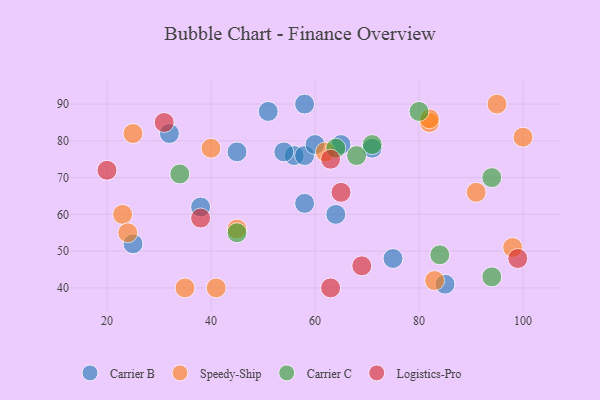
{"axis": {"x": "GDP", "y": "Life Expectancy"}, "legend": ["Carrier B", "Carrier C", "Logistics-Pro", "Speedy-Ship"], "data": [{"x": "25", "y": 52, "type": "Carrier B"}, {"x": "58", "y": 63, "type": "Carrier B"}, {"x": "71", "y": 78, "type": "Carrier B"}, {"x": "56", "y": 76, "type": "Carrier B"}, {"x": "58", "y": 90, "type": "Carrier B"}, {"x": "51", "y": 88, "type": "Carrier B"}, {"x": "65", "y": 79, "type": "Carrier B"}, {"x": "54", "y": 77, "type": "Carrier B"}, {"x": "38", "y": 62, "type": "Carrier B"}, {"x": "58", "y": 76, "type": "Carrier B"}, {"x": "85", "y": 41, "type": "Carrier B"}, {"x": "45", "y": 77, "type": "Carrier B"}, {"x": "60", "y": 79, "type": "Carrier B"}, {"x": "75", "y": 48, "type": "Carrier B"}, {"x": "32", "y": 82, "type": "Carrier B"}, {"x": "64", "y": 60, "type": "Carrier B"}, {"x": "45", "y": 56, "type": "Speedy-Ship"}, {"x": "100", "y": 81, "type": "Speedy-Ship"}, {"x": "98", "y": 51, "type": "Speedy-Ship"}, {"x": "40", "y": 78, "type": "Speedy-Ship"}, {"x": "23", "y": 60, "type": "Speedy-Ship"}, {"x": "24", "y": 55, "type": "Speedy-Ship"}, {"x": "41", "y": 40, "type": "Speedy-Ship"}, {"x": "25", "y": 82, "type": "Speedy-Ship"}, {"x": "83", "y": 42, "type": "Speedy-Ship"}, {"x": "95", "y": 90, "type": "Speedy-Ship"}, {"x": "35", "y": 40, "type": "Speedy-Ship"}, {"x": "62", "y": 77, "type": "Speedy-Ship"}, {"x": "82", "y": 85, "type": "Speedy-Ship"}, {"x": "82", "y": 86, "type": "Speedy-Ship"}, {"x": "91", "y": 66, "type": "Speedy-Ship"}, {"x": "68", "y": 76, "type": "Carrier C"}, {"x": "71", "y": 79, "type": "Carrier C"}, {"x": "94", "y": 43, "type": "Carrier C"}, {"x": "34", "y": 71, "type": "Carrier C"}, {"x": "94", "y": 70, "type": "Carrier C"}, {"x": "84", "y": 49, "type": "Carrier C"}, {"x": "45", "y": 55, "type": "Carrier C"}, {"x": "80", "y": 88, "type": "Carrier C"}, {"x": "64", "y": 78, "type": "Carrier C"}, {"x": "99", "y": 48, "type": "Logistics-Pro"}, {"x": "65", "y": 66, "type": "Logistics-Pro"}, {"x": "69", "y": 46, "type": "Logistics-Pro"}, {"x": "38", "y": 59, "type": "Logistics-Pro"}, {"x": "63", "y": 40, "type": "Logistics-Pro"}, {"x": "63", "y": 75, "type": "Logistics-Pro"}, {"x": "20", "y": 72, "type": "Logistics-Pro"}, {"x": "31", "y": 85, "type": "Logistics-Pro"}]}